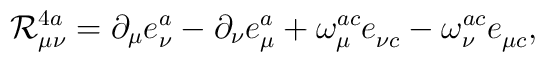
{\cal R}_{\mu \nu }^{4a}=\partial _\mu e_\nu ^a-\partial _\nu e_\mu^a+\omega _\mu ^{ac}e_{\nu c}^{}-\omega _\nu ^{ac}e_{\mu c}^{},